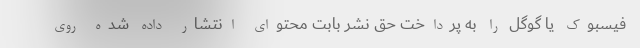
فیسبوک یا گوگل را به پرداخت حق نشر بابت محتوای انتشار داده شده روی